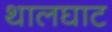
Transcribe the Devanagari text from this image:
थालघाट